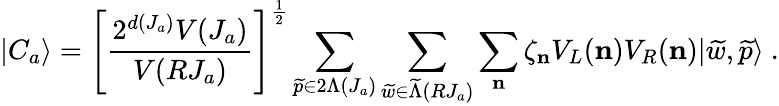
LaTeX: \vert C_{a}\rangle=\left[{\frac{2^{d(J_{a})}V(J_{a})}{V(RJ_{a})}}\right]^{\frac{1}{2}}\sum_{{\widetilde p}\in 2\Lambda(J_{a})}\sum_{{\widetilde w}\in{\widetilde\Lambda}(RJ_{a})}\sum_{\mathbf n}\zeta_{\mathbf n}V_{L}({\mathbf n})V_{R}({\mathbf n})\vert{\widetilde w},{\widetilde p}\rangle~.